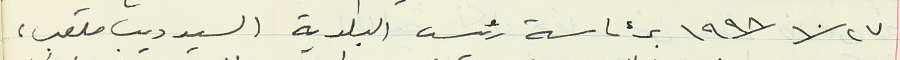
١٩٩٨/١٠/٢٧ برئاسة رئيس البلدية السيد ديب ملعب،